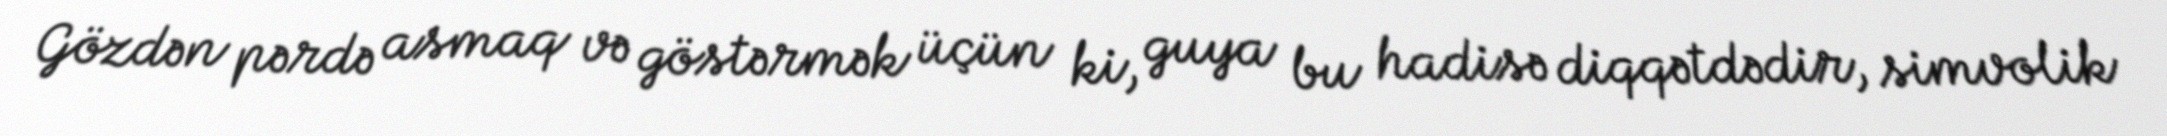
Gözdən pərdə asmaq və göstərmək üçün ki, guya bu hadisə diqqətdədir, simvolik